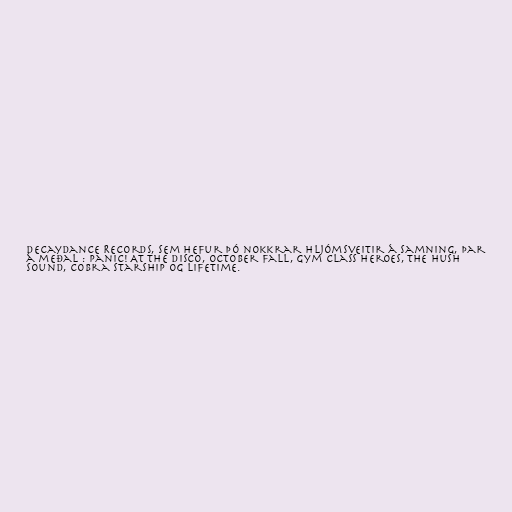
Decaydance Records, sem hefur þó nokkrar hljómsveitir á samning, þar
á meðal : Panic! At The Disco, October Fall, Gym Class Heroes, The Hush
Sound, Cobra Starship og Lifetime.